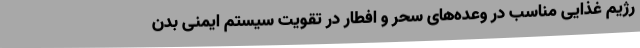
رژیم غذایی مناسب در وعده‌های سحر و افطار در تقویت سیستم ایمنی بدن